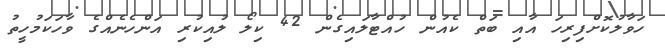
ހަވާލުކޮށްފިރިހަ އާއި ބަތް ކެއުން ހުއްޓާލައިގެން 42 ކިލޯ ލުއިކުރި އަންހެނެއްގެ ވާހަކަމުހީތު